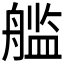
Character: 𮶙